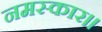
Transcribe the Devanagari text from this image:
नमस्कार॥